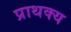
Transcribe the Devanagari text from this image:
प्राथक्य